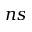
n s